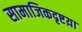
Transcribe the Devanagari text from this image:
सामाजिकदृष्टय़ा